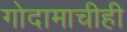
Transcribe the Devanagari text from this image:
गोदामाचीही